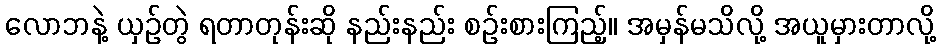
လောဘနဲ့ ယှဉ်တွဲ ရတာတုန်းဆို နည်းနည်း စဉ်းစားကြည့်။ အမှန်မသိလို့ အယူမှားတာလို့